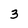
Character: 3